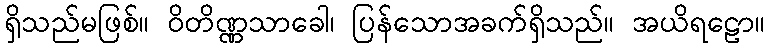
ရှိသည်မဖြစ်။ ဝိတိဏ္ဏသာခေါ၊ ပြန်သောအခက်ရှိသည်။ အယိရဠော။